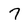
Character: 7